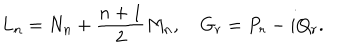
L _ { n } = N _ { n } + \frac { n + 1 } { 2 } M _ { n } , \quad G _ { r } = P _ { r } - i Q _ { r } .